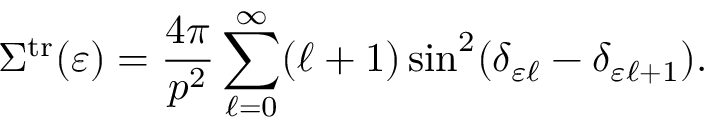
\Sigma ^ { \mathrm { t r } } ( \varepsilon ) = \frac { 4 \pi } { p ^ { 2 } } \sum _ { \ell = 0 } ^ { \infty } ( \ell + 1 ) \sin ^ { 2 } ( \delta _ { \varepsilon \ell } - \delta _ { \varepsilon \ell + 1 } ) .